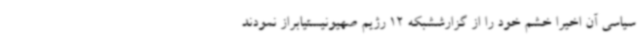
سیاسی آن اخیرا خشم خود را از گزارششبکه 12 رژیم صهیونیستیابراز نمودند